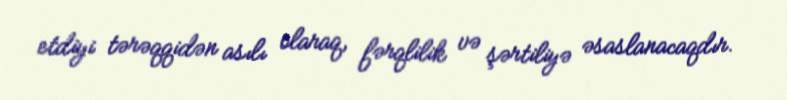
etdiyi tərəqqidən asılı olaraq, fərqlilik və şərtiliyə əsaslanacaqdır.